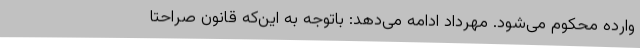
وارده محکوم می‌شود. مهرداد ادامه می‌دهد: باتوجه به این‌که قانون صراحتا